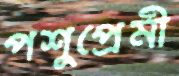
পশুপ্রেমী